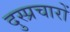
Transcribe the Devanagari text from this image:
दुस्प्रचारों